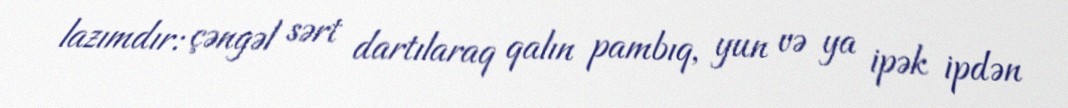
lazımdır: çəngəl sərt dartılaraq qalın pambıq, yun və ya ipək ipdən